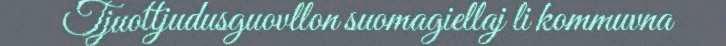
Tjuottjudusguovllon suomagiellaj li kommuvna